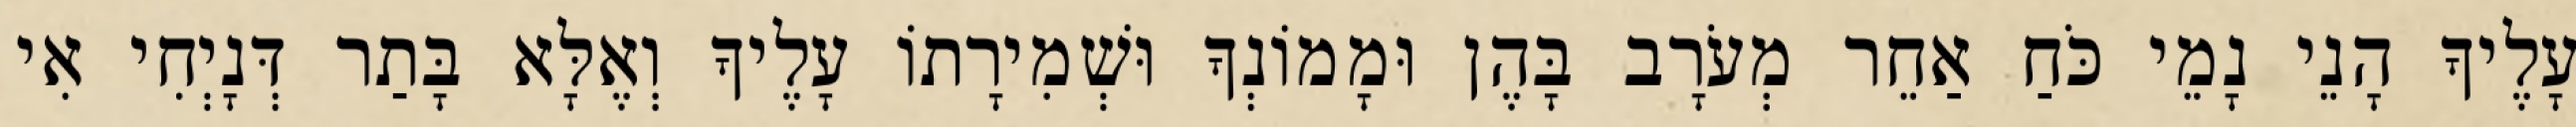
עָלֶיךָ הָנֵי נָמֵי כֹּחַ אַחֵר מְעֹרָב בָּהֶן וּמָמוֹנְךָ וּשְׁמִירָתוֹ עָלֶיךָ וְאֶלָּא בָּתַר דְּנָיְחִי אִי